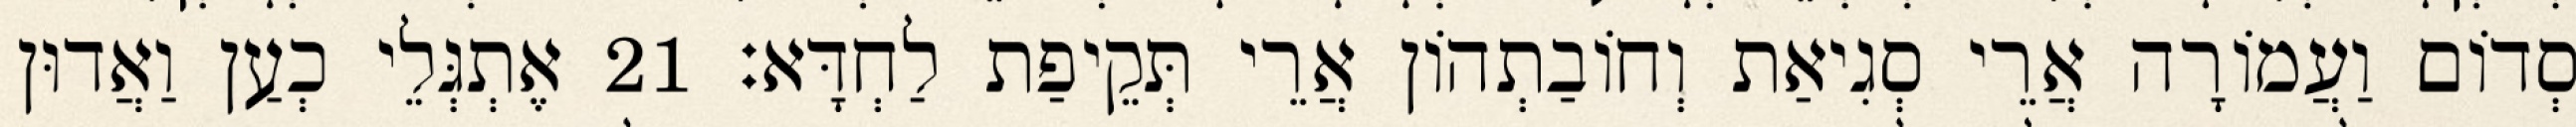
סְדוֹם וַעֲמוֹרָה אֲרֵי סְגִיאַת וְחוֹבַתְהוֹן אֲרֵי תְּקֵיפַת לַחְדָּא׃ 21 אֶתְגְּלֵי כְעַן וַאֲדוּן